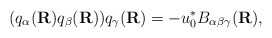
\begin{align*}(q_{\alpha}({\bf R}) q_{\beta}({\bf R})) q_{\gamma}({\bf R}) = - u_{0}^{*} B_{\alpha \beta \gamma}({\bf R}),\end{align*}